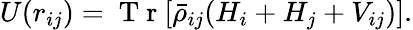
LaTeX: {U}(r_{ij})=\mathrm{~T~r~}[\bar{\rho}_{ij}({H}_{i}+{H}_{j}+{V}_{ij})].